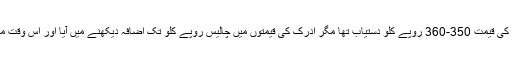
اس کے ساتھ ساتھ مارکیٹ میں ایک کلو ادرک کی قیمت 350-360 روپے کلو دستیاب تھا مگر ادرک کی قیمتوں میں چالیس روپے کلو تک اضافہ دیکھنے میں آیا اور اس وقت مارکیٹ میں ادرک 390-400 کلو دستیاب ہے۔